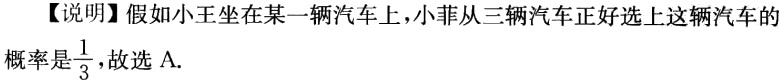
【说明】假如小王坐在某一辆汽车上，小菲从三辆汽车正好选上这辆汽车的概率是$\frac{1}{3}$，故选 A.